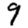
Digit: 9